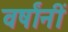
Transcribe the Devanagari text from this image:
वर्षांनीं